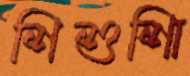
শিশুশিা